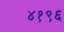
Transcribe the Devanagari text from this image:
४१९६